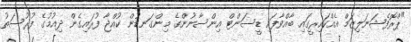
"ޕްރޮފެޝަނަލިޒަމް އެއްކައިރީގައި ބާއްވާފައި ޑީސަންޓް އިންސާނުންގެ މިންގަނޑުން ކުއްޖާ ފުރައިގެން ދިއުމުގެ ފުރުސަތު